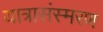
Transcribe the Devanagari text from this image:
यात्रासंस्मरण